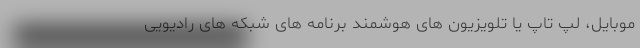
موبایل، لپ تاپ یا تلویزیون های هوشمند برنامه های شبکه های رادیویی